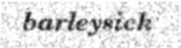
barleysick